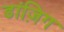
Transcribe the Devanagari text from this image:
डांज़िग